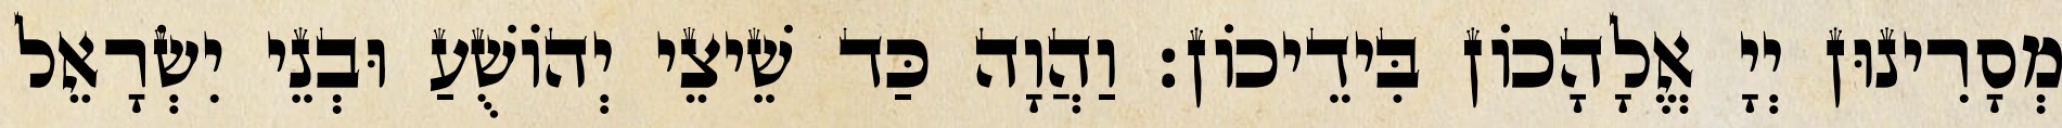
מְסָרִינוּן יְיָ אֱלָהָכוֹן בִּידֵיכוֹן׃ וַהֲוָה כַּד שֵׁיצֵי יְהוֹשֻׁעַ וּבְנֵי יִשְׂרָאֵל